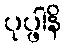
ပုပ္ဖါနိ